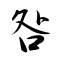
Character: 咎